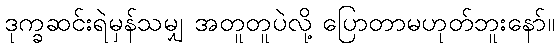
ဒုက္ခဆင်းရဲမှန်သမျှ အတူတူပဲလို့ ပြောတာမဟုတ်ဘူးနော်။